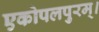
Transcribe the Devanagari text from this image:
एकोपलपुरम्।